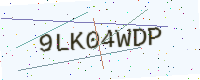
Text: 9LK04WDP